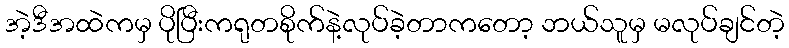
အဲ့ဒီအထဲကမှ ပိုပြီးကရုတစိုက်နဲ့လုပ်ခဲ့တာကတော့ ဘယ်သူမှ မလုပ်ချင်တဲ့